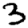
Digit: 3